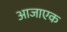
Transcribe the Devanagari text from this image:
आजाएक